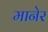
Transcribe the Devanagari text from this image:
मानेर